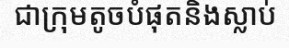
ជាក្រុមតូចបំផុតនិងស្លាប់